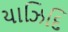
યાઝિદિ